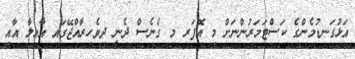
އަޅުގަނޑުމެންގެ ކަސްޓަމަރުންނަށް މި އޮފަރ މި ގެނެސް ދެނީ ދިވެހިރާއްޖޭގައި އާއިލާ އާއި